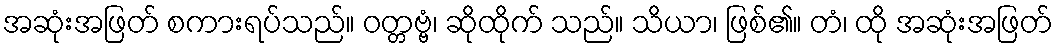
အဆုံးအဖြတ် စကားရပ်သည်။ ဝတ္တဗ္ဗံ၊ ဆိုထိုက် သည်။ သိယာ၊ ဖြစ်၏။ တံ၊ ထို အဆုံးအဖြတ်